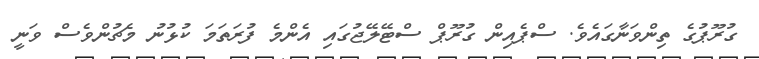
ގުރޫޕުގެ ތިންވަނާގައެވެ. ސްޕެއިން ގުރޫޕް ސްޓޭލޭޖުގައި އެންމެ ފުރަތަމަ ކުޅުނު މެޗުންވެސް ވަނީ